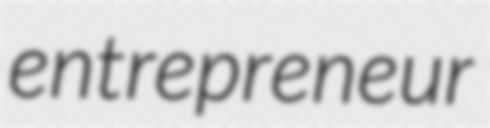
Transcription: entrepreneur